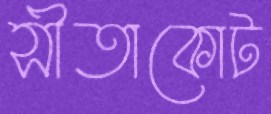
সীতাকোট